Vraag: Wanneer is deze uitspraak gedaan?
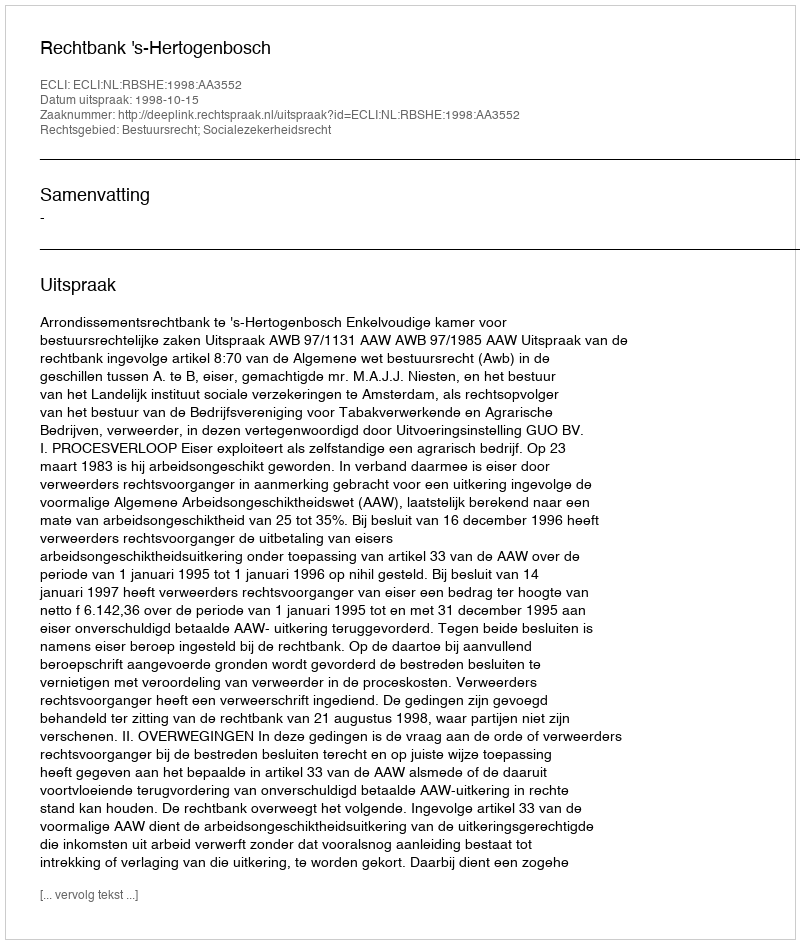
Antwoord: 1998-10-15